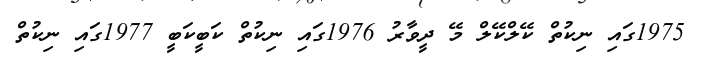
1975ގައި ނިކުތް ކޭލްކޭލް މޭ ދީވާރު 1976ގައި ނިކުތް ކަބީކަބީ 1977ގައި ނިކުތް